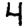
Digit: 4